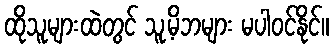
ထိုသူများထဲတွင် သူ့မိဘများ မပါဝင်နိုင်။